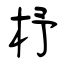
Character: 杼